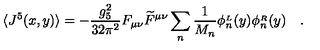
\langle J ^ { 5 } ( x , y ) \rangle = - \frac { g _ { 5 } ^ { 2 } } { 3 2 \pi ^ { 2 } } F _ { \mu \nu } \widetilde { F } ^ { \mu \nu } \sum _ { n } \frac { 1 } { M _ { n } } \phi _ { n } ^ { { } _ { L } } ( y ) \phi _ { n } ^ { { } _ { R } } ( y ) \quad .